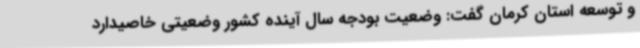
و توسعه استان کرمان گفت: وضعیت بودجه سال آینده کشور وضعیتی خاصیدارد